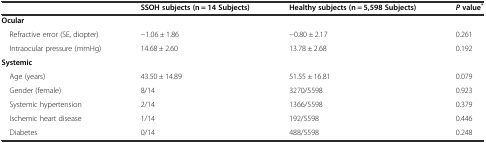
<table><thead><tr><td></td><td><b>SSOH subjects (n = 14 Subjects)</b></td><td><b>Healthy subjects (n = 5,598 Subjects)</b></td><td><b><i>P</i>value<sup>*</sup></b></td></tr></thead><tbody><tr><td><b>Ocular</b></td><td></td><td></td><td></td></tr><tr><td> Refractive error (SE, diopter)</td><td>−1.06 ± 1.86</td><td>−0.80 ± 2.17</td><td>0.261</td></tr><tr><td> Intraocular pressure (mmHg)</td><td>14.68 ± 2.60</td><td>13.78 ± 2.68</td><td>0.192</td></tr><tr><td><b>Systemic</b></td><td></td><td></td><td></td></tr><tr><td> Age (years)</td><td>43.50 ± 14.89</td><td>51.55 ± 16.81</td><td>0.079</td></tr><tr><td> Gender (female)</td><td>8/14</td><td>3270/5598</td><td>0.923</td></tr><tr><td> Systemic hypertension</td><td>2/14</td><td>1366/5598</td><td>0.379</td></tr><tr><td> Ischemic heart disease</td><td>1/14</td><td>192/5598</td><td>0.446</td></tr><tr><td> Diabetes</td><td>0/14</td><td>488/5598</td><td>0.248</td></tr></tbody></table>